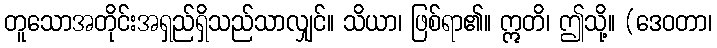
တူသောအတိုင်းအရှည်ရှိသည်သာလျှင်။ သိယာ၊ ဖြစ်ရာ၏။ ဣတိ၊ ဤသို့။ (ဒေဝတာ၊